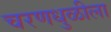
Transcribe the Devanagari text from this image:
चरणधुळीला